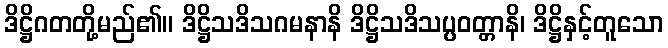
ဒိဋ္ဌိဂတတို့မည်၏။ ဒိဋ္ဌိသဒိသဂမနာနိ ဒိဋ္ဌိသဒိသပ္ပဝတ္တာနိ၊ ဒိဋ္ဌိနှင့်တူသော